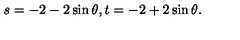
s = - 2 - 2 \sin \theta , t = - 2 + 2 \sin \theta .